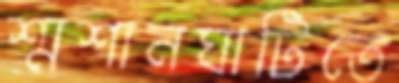
শ্মশানঘাটিতে